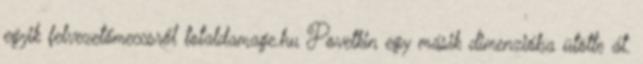
egyik felvezetőmeccsről totaldamage.hu Povetkin egy másik dimenzióba ütötte át.